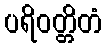
ပရိဝတ္တိတံ